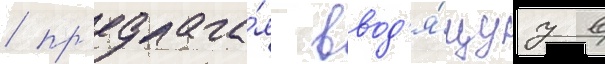
/ пр'едлага́я ввод'я́щуу в